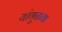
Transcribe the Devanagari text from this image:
यांगूनच्या